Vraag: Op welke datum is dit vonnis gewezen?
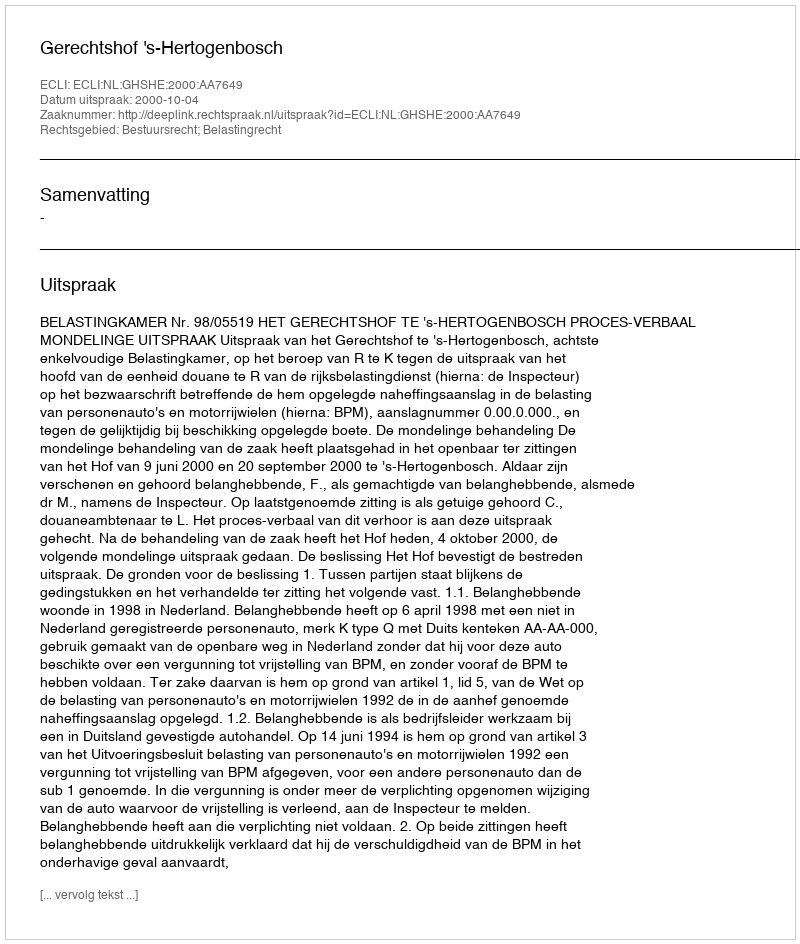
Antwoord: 2000-10-04